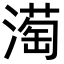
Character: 𪷒